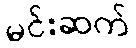
မင်းဆက်